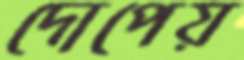
দোপেয়